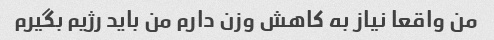
من واقعا نیاز به کاهش وزن دارم من باید رژیم بگیرم